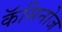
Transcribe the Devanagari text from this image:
कॅसिनोज